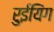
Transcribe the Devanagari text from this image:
रुईयिंग